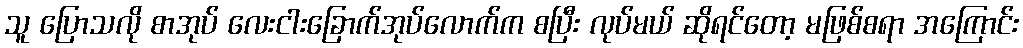
သူ ပြောသလို စာအုပ် လေးငါးခြောက်အုပ်လောက်က စပြီး လုပ်မယ် ဆိုရင်တော့ မဖြစ်စရာ အကြောင်း